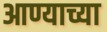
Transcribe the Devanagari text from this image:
आण्याच्या